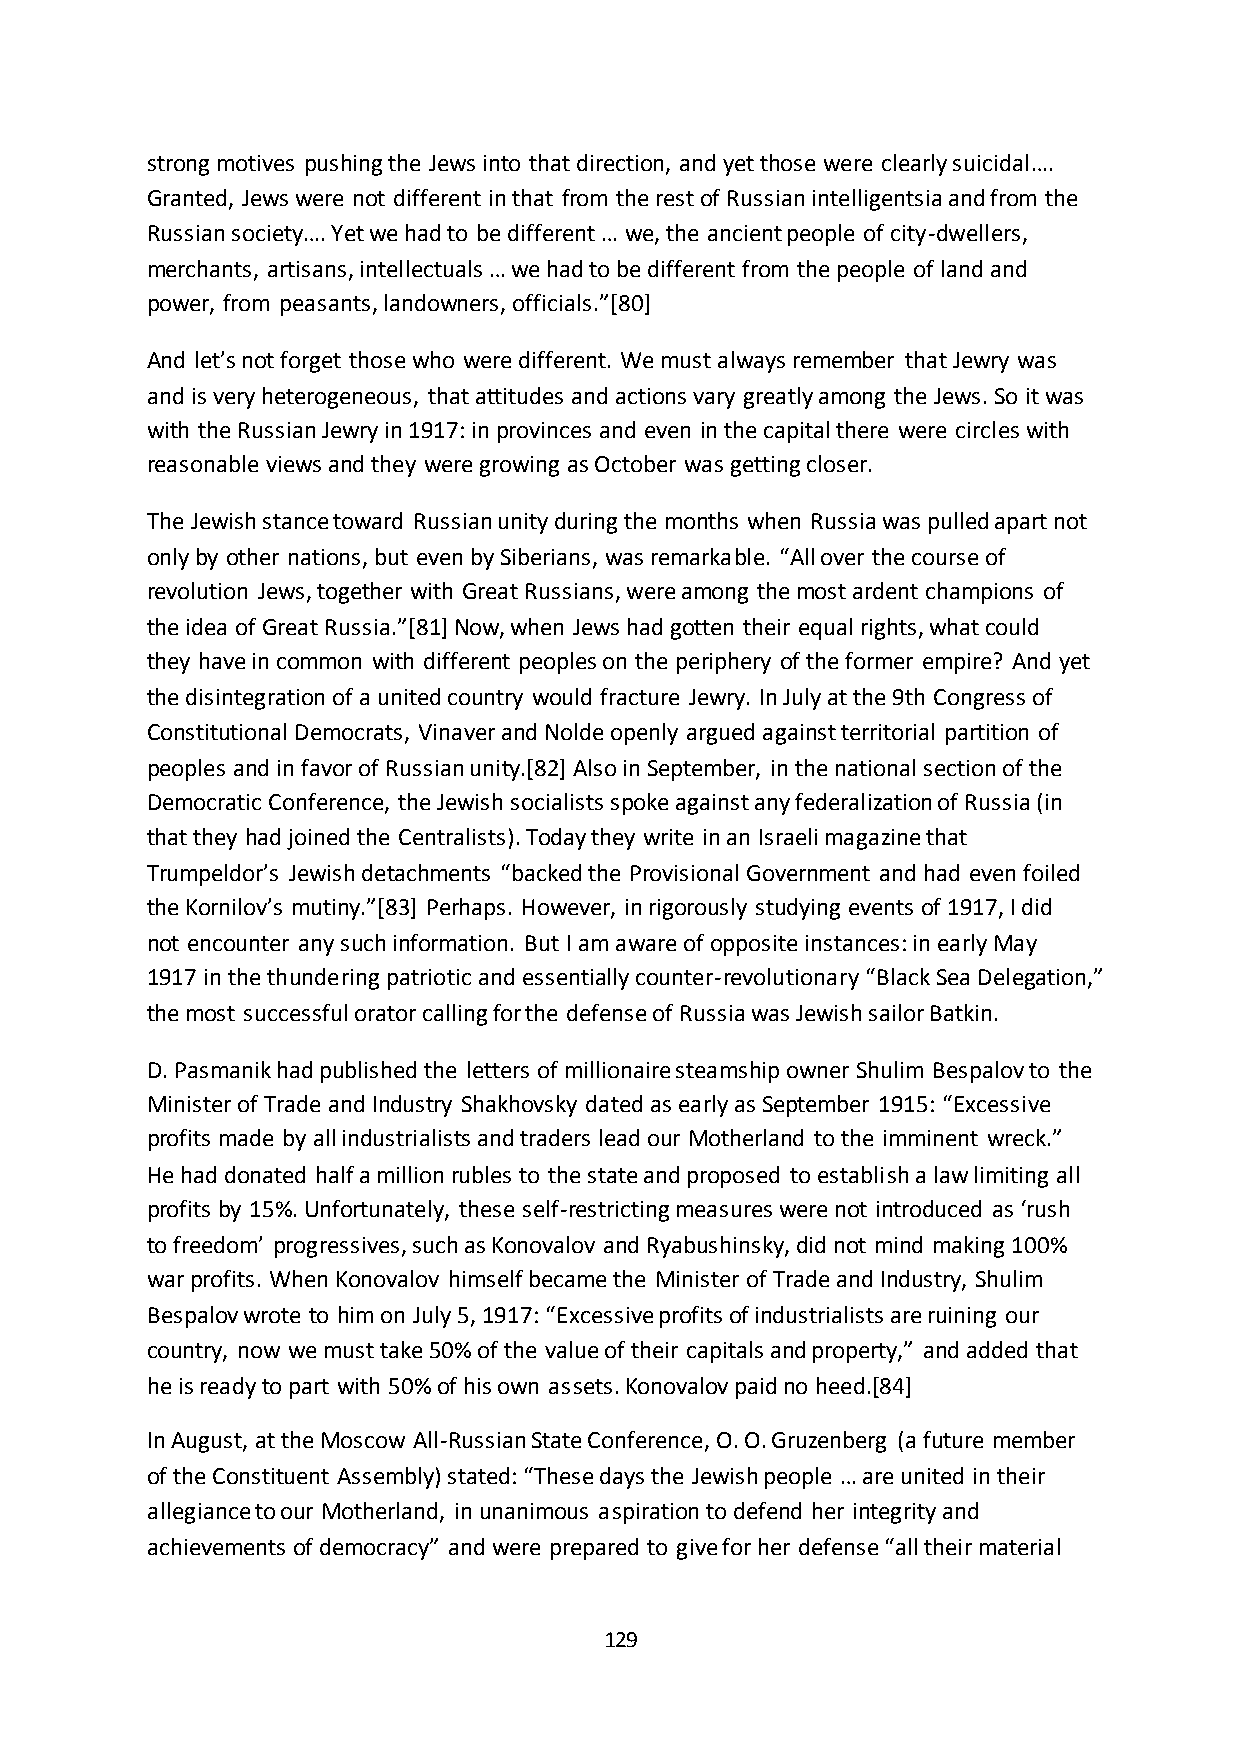
strong motives pushing the Jews into that direction, and yet those were clearly suicidal….
 Granted, Jews were not different in that from the rest of Russian intelligentsia and from the
 Russian society…. Yet we had to be different … we, the ancient people of city-dwellers,
 merchants, artisans, intellectuals … we had to be different from the people of land and
 power, from peasants, landowners, officials.”*80+
 And let’s not forget those who were different. We must always remember that Jewry was
 and is very heterogeneous, that attitudes and actions vary greatly among the Jews. So it was
 with the Russian Jewry in 1917: in provinces and even in the capital there were circles with
 reasonable views and they were growing as October was getting closer.
 The Jewish stance toward Russian unity during the months when Russia was pulled apart not
 only by other nations, but even by Siberians, was remarkable. “All over the course of
 revolution Jews, together with Great Russians, were among the most ardent champions of
 the idea of Great Russia.”*81+ Now, when Jews had gotten their equal rights, what could
 they have in common with different peoples on the periphery of the former empire? And yet
 the disintegration of a united country would fracture Jewry. In July at the 9th Congress of
 Constitutional Democrats, Vinaver and Nolde openly argued against territorial partition of
 peoples and in favor of Russian unity.[82] Also in September, in the national section of the
 Democratic Conference, the Jewish socialists spoke against any federalization of Russia (in
 that they had joined the Centralists). Today they write in an Israeli magazine that
 Trumpeldor’s Jewish detachments “backed the Provisional Government and had even foiled
 the Kornilov’s mutiny.”*83+ Perhaps. However, in rigorously studying events of 1917, I did
 not encounter any such information. But I am aware of opposite instances: in early May
 1917 in the thundering patriotic and essentially counter-revolutionary “Black Sea Delegation,”
 the most successful orator calling for the defense of Russia was Jewish sailor Batkin.
 D. Pasmanik had published the letters of millionaire steamship owner Shulim Bespalov to the
 Minister of Trade and Industry Shakhovsky dated as early as September 1915: “Excessive
 profits made by all industrialists and traders lead our Motherland to the imminent wreck.”
 He had donated half a million rubles to the state and proposed to establish a law limiting all
 profits by 15%. Unfortunately, these self-restricting measures were not introduced as ‘rush
 to freedom’ progressives, such as Konovalov and Ryabushinsky, did not mind making 100%
 war profits. When Konovalov himself became the Minister of Trade and Industry, Shulim
 Bespalov wrote to him on July 5, 1917: “Excessive profits of industrialists are ruining our
 country, now we must take 50% of the value of their capitals and property,” and added that
 he is ready to part with 50% of his own assets. Konovalov paid no heed.[84]
 In August, at the Moscow All-Russian State Conference, O. O. Gruzenberg (a future member
 of the Constituent Assembly) stated: “These days the Jewish people … are united in their
 allegiance to our Motherland, in unanimous aspiration to defend her integrity and
 achievements of democracy” and were prepared to give for her defense “all their material
 129